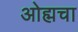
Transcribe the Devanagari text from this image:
ओह्मचा